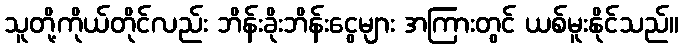
သူတို့ကိုယ်တိုင်လည်း ဘိန်းခိုးဘိန်းငွေများ အကြားတွင် ယစ်မူးနိုင်သည်။